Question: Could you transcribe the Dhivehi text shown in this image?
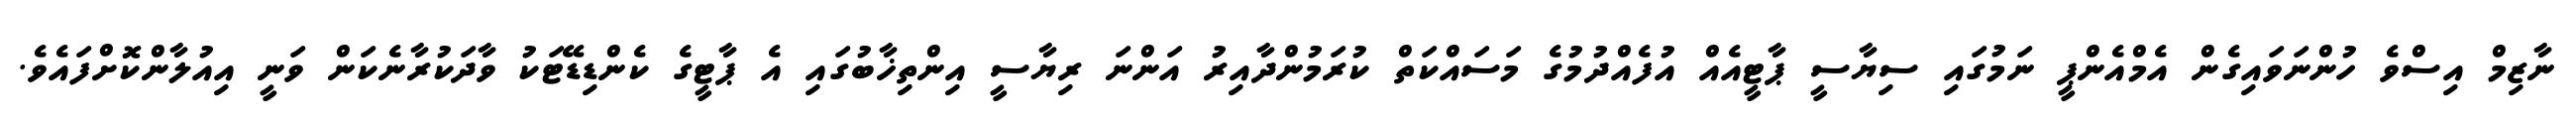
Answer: ނާޒިމް އިސްވެ ހުންނަވައިގެން އެމްއެންޕީ ނަމުގައި ސިޔާސީ ޕާޓީއެއް އުފެއްދުމުގެ މަސައްކަތް ކުރަމުންދާއިރު އަންނަ ރިޔާސީ އިންތިޚާބުގައި އެ ޕާޓީގެ ކެންޑިޑޭޓަކު ވާދަކުރާނެކަން ވަނީ އިއުލާންކޮށްފައެވެ.